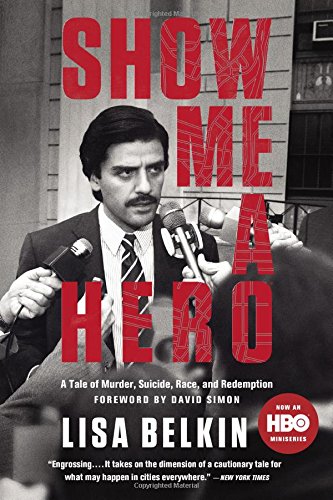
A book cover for Show Me A Hero: A Tale of Murder, Suicide, Race, and Redemption; Lisa Belkin; Politics & Social Sciences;